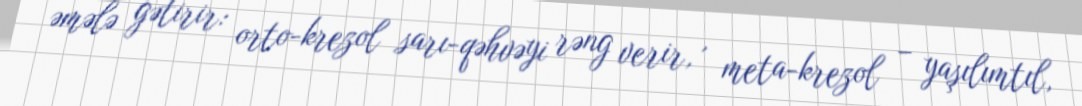
əmələ gətirir: orto-krezol sarı-qəhvəyi rəng verir, , meta-krezol – yaşılımtıl,